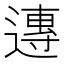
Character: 𨖇